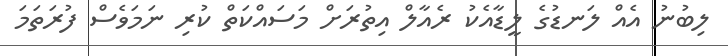
ލިބުނު އެއް ލަނޑުގެ ލީޑާއެކު ރެއާލް އިތުރަށް މަސައްކަތް ކުރި ނަމަވެސް ފުރަތަމަ